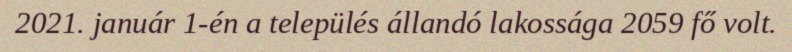
2021. január 1-én a település állandó lakossága 2059 fő volt.